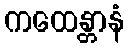
ကထေန္တာနံ